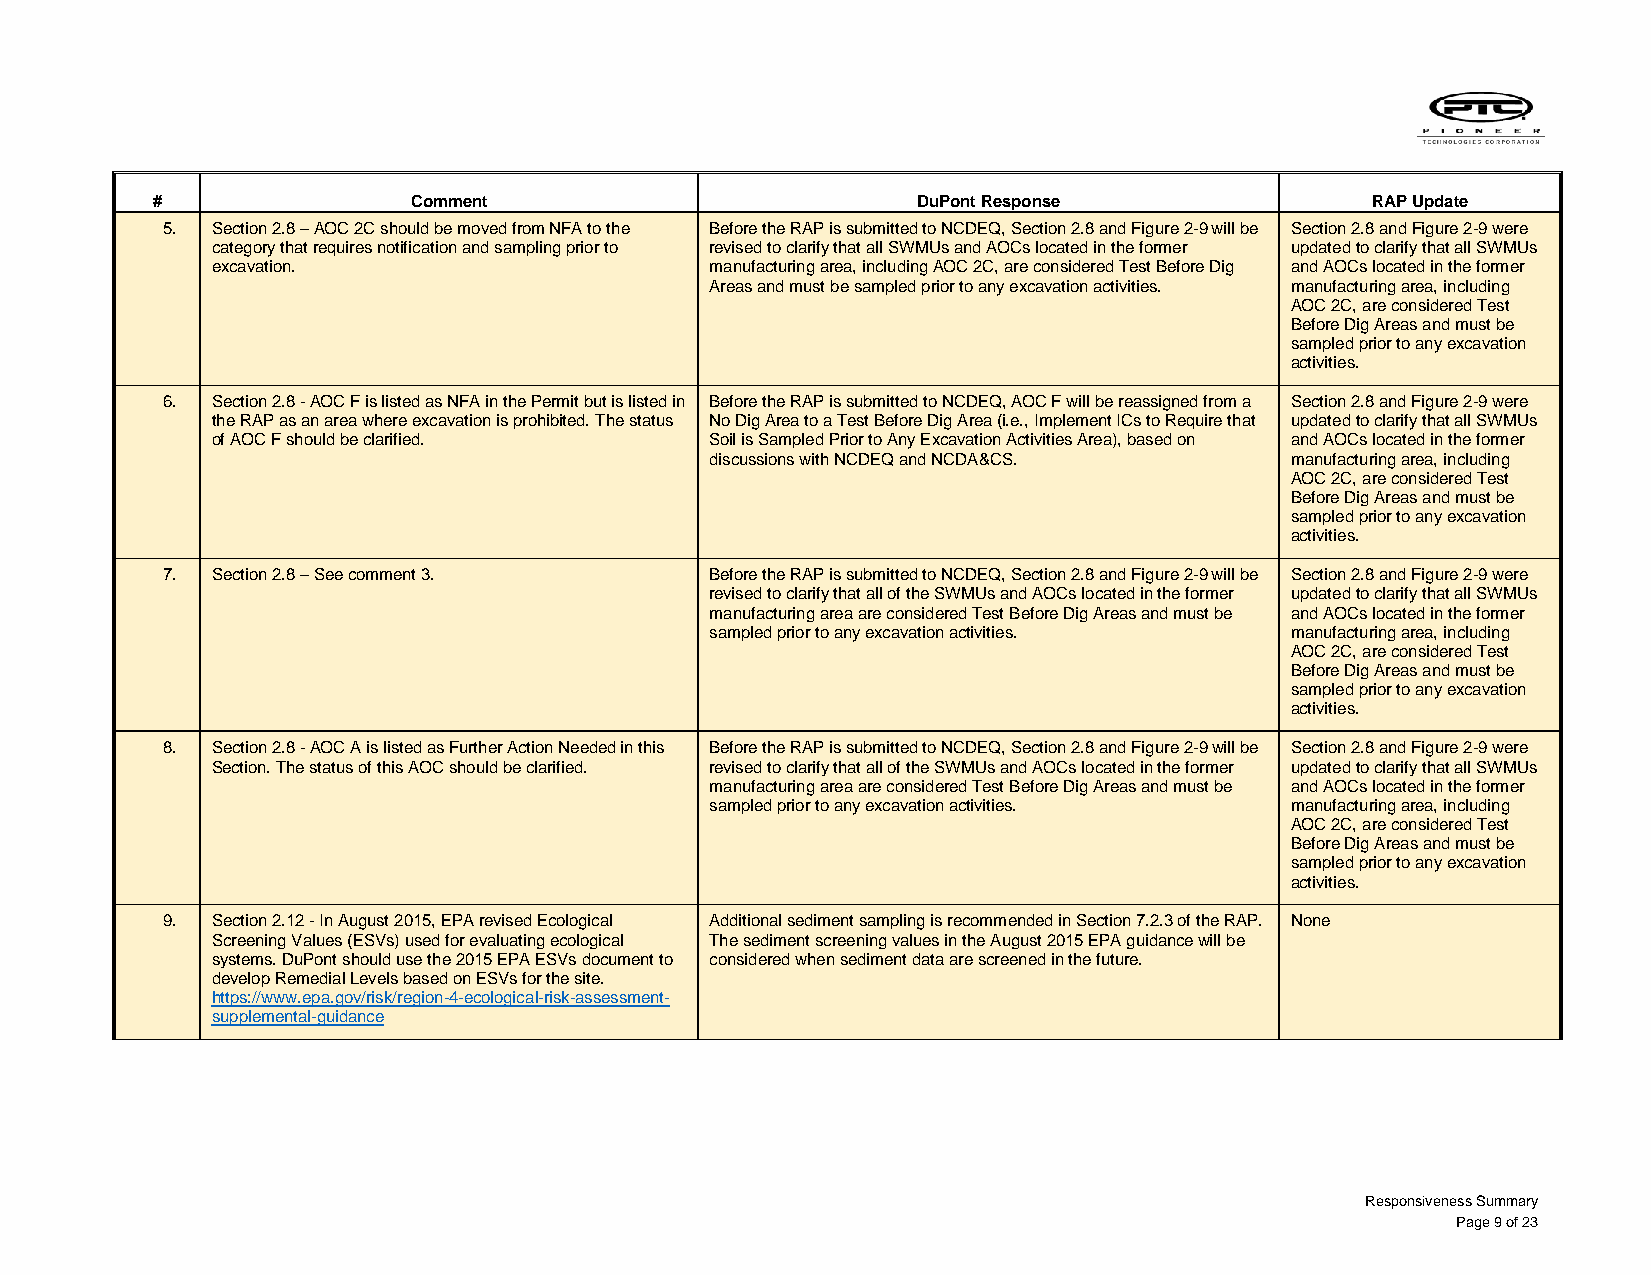
#                Comment                           DuPont Response               RAP Update
 5. Section 2.8 – AOC 2C should be moved from NFA to the Before the RAP is submitted to NCDEQ, Section 2.8 and Figure 2-9 will be Section 2.8 and Figure 2-9 were
 category that requires notification and sampling prior to revised to clarify that all SWMUs and AOCs located in the former updated to clarify that all SWMUs
 excavation.                      manufacturing area, including AOC 2C, are considered Test Before Dig and AOCs located in the former
 Areas and must be sampled prior to any excavation activities. manufacturing area, including
 AOC 2C, are considered Test
 Before Dig Areas and must be
 sampled prior to any excavation
 activities.
 6. Section 2.8 - AOC F is listed as NFA in the Permit but is listed in Before the RAP is submitted to NCDEQ, AOC F will be reassigned from a Section 2.8 and Figure 2-9 were
 the RAP as an area where excavation is prohibited. The status No Dig Area to a Test Before Dig Area (i.e., Implement ICs to Require that updated to clarify that all SWMUs
 of AOC F should be clarified.    Soil is Sampled Prior to Any Excavation Activities Area), based on and AOCs located in the former
 discussions with NCDEQ and NCDA&CS.   manufacturing area, including
 AOC 2C, are considered Test
 Before Dig Areas and must be
 sampled prior to any excavation
 activities.
 7. Section 2.8 – See comment 3.     Before the RAP is submitted to NCDEQ, Section 2.8 and Figure 2-9 will be Section 2.8 and Figure 2-9 were
 revised to clarify that all of the SWMUs and AOCs located in the former updated to clarify that all SWMUs
 manufacturing area are considered Test Before Dig Areas and must be and AOCs located in the former
 sampled prior to any excavation activities. manufacturing area, including
 AOC 2C, are considered Test
 Before Dig Areas and must be
 sampled prior to any excavation
 activities.
 8. Section 2.8 - AOC A is listed as Further Action Needed in this Before the RAP is submitted to NCDEQ, Section 2.8 and Figure 2-9 will be Section 2.8 and Figure 2-9 were
 Section. The status of this AOC should be clarified. revised to clarify that all of the SWMUs and AOCs located in the former updated to clarify that all SWMUs
 manufacturing area are considered Test Before Dig Areas and must be and AOCs located in the former
 sampled prior to any excavation activities. manufacturing area, including
 AOC 2C, are considered Test
 Before Dig Areas and must be
 sampled prior to any excavation
 activities.
 9. Section 2.12 - In August 2015, EPA revised Ecological Additional sediment sampling is recommended in Section 7.2.3 of the RAP. None
 Screening Values (ESVs) used for evaluating ecological The sediment screening values in the August 2015 EPA guidance will be
 systems. DuPont should use the 2015 EPA ESVs document to considered when sediment data are screened in the future.
 develop Remedial Levels based on ESVs for the site.
 https://www.epa.gov/risk/region-4-ecological-risk-assessment-
 supplemental-guidance
 Responsiveness Summary
 Page 9 of 23